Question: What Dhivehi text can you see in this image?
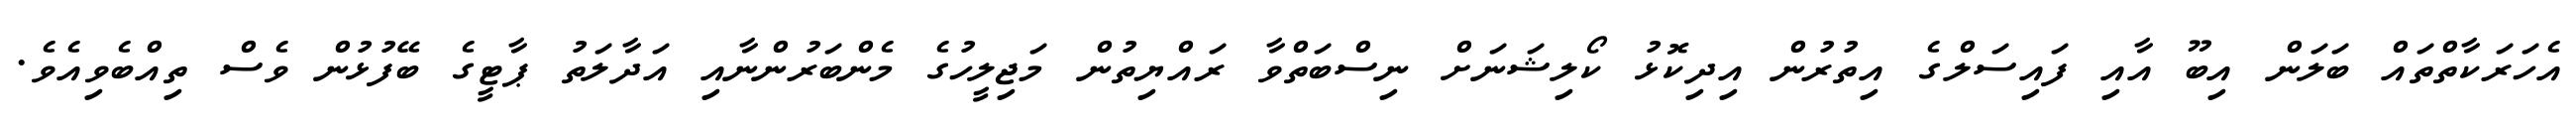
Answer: އެހަރަކާތްތައް ބަލަން އިބޫ އާއި ފައިސަލްގެ އިތުރުން އިދިކޮޅު ކޯލިޝަނަށް ނިސްބަތްވާ ރައްޔިތުން މަޖިލީހުގެ މެންބަރުންނާއި އަދާލަތު ޕާޓީގެ ބޭފުޅުން ވެސް ތިއްބެވިއެވެ.